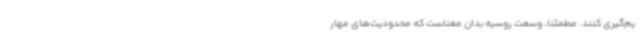
یم‌گیری کنند. مطمئناً، وسعت روسیه بدان معناست که محدودیت‌های مهار